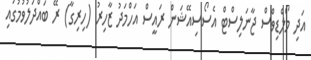
އަދި މޯލްޑިވްސް ޖާނަލިސްޓް އެސޯސިއޭޝަން ރައީސް އަހްމަދު ޒާހިރު (ހިރިގާ) ރޭ ބައްދަލުވުމުގައި